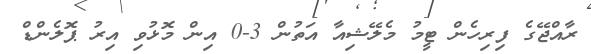
ރާއްޖޭގެ ފިރިހެން ޓީމު މެލޭޝިއާ އަތުން 3-0 އިން މޮޅުވި އިރު ޕޮލެންޑް